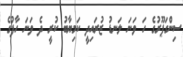
ސިންގަޕޫރުގެ ހަ ވަނަ ލަނޑު ޒުރައިދީ ކަމިޔާބު ކުރީ ދެ ވަނަ ހާފުގެ